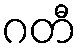
ဂတီ